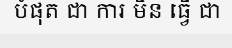
បំផុត ជា ការ មិន ធ្វើ ជា